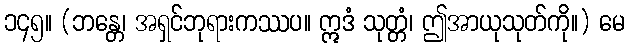
၁၄၅။ (ဘန္တေ၊ အရှင်ဘုရားကဿပ။ ဣဒံ သုတ္တံ၊ ဤအာယုသုတ်ကို။) မေ